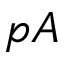
p A